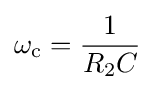
\omega _{\text{c}}={\frac {1}{R_{2}C}}